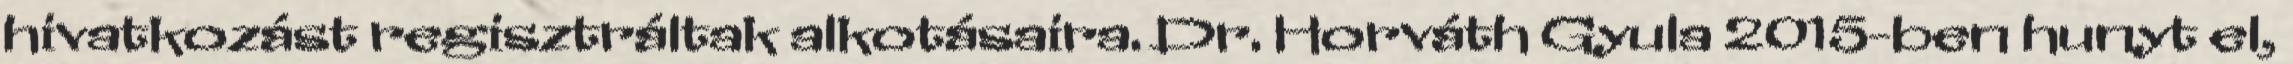
hivatkozást regisztráltak alkotásaira. Dr. Horváth Gyula 2015-ben hunyt el,